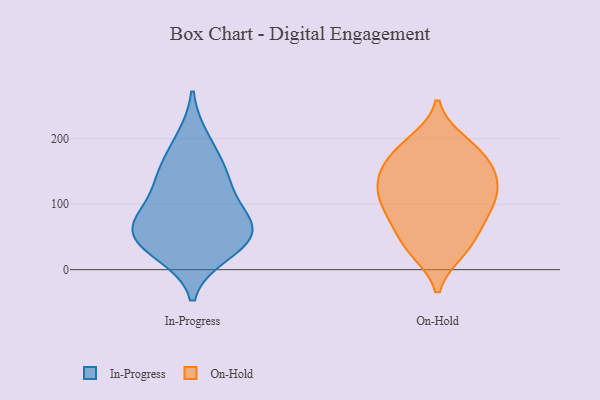
{"axis": {"x": "Page Views", "y": "Value"}, "legend": ["In-Progress", "On-Hold"], "data": [{"x": "", "y": 144, "type": "In-Progress"}, {"x": "", "y": 46, "type": "In-Progress"}, {"x": "", "y": 40, "type": "In-Progress"}, {"x": "", "y": 124, "type": "In-Progress"}, {"x": "", "y": 54, "type": "In-Progress"}, {"x": "", "y": 199, "type": "In-Progress"}, {"x": "", "y": 157, "type": "In-Progress"}, {"x": "", "y": 76, "type": "In-Progress"}, {"x": "", "y": 88, "type": "In-Progress"}, {"x": "", "y": 26, "type": "In-Progress"}, {"x": "", "y": 66, "type": "In-Progress"}, {"x": "", "y": 28, "type": "On-Hold"}, {"x": "", "y": 82, "type": "On-Hold"}, {"x": "", "y": 161, "type": "On-Hold"}, {"x": "", "y": 194, "type": "On-Hold"}, {"x": "", "y": 117, "type": "On-Hold"}, {"x": "", "y": 182, "type": "On-Hold"}, {"x": "", "y": 67, "type": "On-Hold"}, {"x": "", "y": 31, "type": "On-Hold"}, {"x": "", "y": 60, "type": "On-Hold"}, {"x": "", "y": 86, "type": "On-Hold"}, {"x": "", "y": 101, "type": "On-Hold"}, {"x": "", "y": 137, "type": "On-Hold"}, {"x": "", "y": 31, "type": "On-Hold"}, {"x": "", "y": 118, "type": "On-Hold"}, {"x": "", "y": 196, "type": "On-Hold"}, {"x": "", "y": 129, "type": "On-Hold"}, {"x": "", "y": 168, "type": "On-Hold"}, {"x": "", "y": 144, "type": "On-Hold"}, {"x": "", "y": 155, "type": "On-Hold"}, {"x": "", "y": 105, "type": "On-Hold"}]}